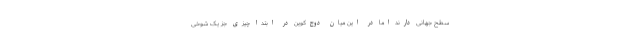
سطح جهانی دارند اما در این میان دوج‌کوین در ابتدا چیزی جز یک شوخی